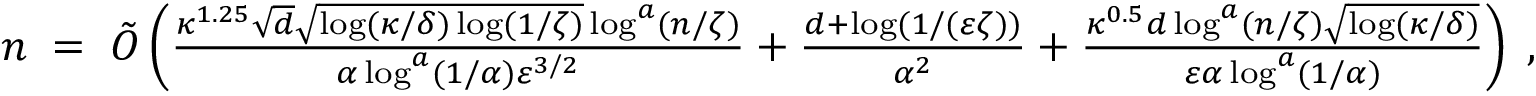
\begin{array} { r } { n \; = \; \tilde { O } \left( \frac { \kappa ^ { 1 . 2 5 } \sqrt { d } \sqrt { \log ( \kappa / \delta ) \log ( 1 / \zeta ) } \log ^ { a } ( n / \zeta ) } { \alpha \log ^ { a } ( 1 / \alpha ) \varepsilon ^ { 3 / 2 } } + \frac { d + \log ( 1 / ( \varepsilon \zeta ) ) } { \alpha ^ { 2 } } + \frac { \kappa ^ { 0 . 5 } d \log ^ { a } ( n / \zeta ) \sqrt { \log ( \kappa / \delta ) } } { \varepsilon \alpha \log ^ { a } ( 1 / \alpha ) } \right) \; , } \end{array}